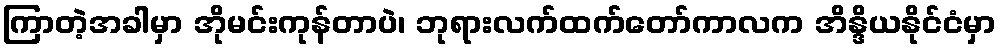
ကြာတဲ့အခါမှာ အိုမင်းကုန်တာပဲ၊ ဘုရားလက်ထက်တော်ကာလက အိန္ဒိယနိုင်ငံမှာ